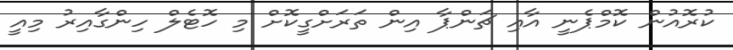
ކުރޮއުން ކޮމްޕެނީ އާއި ޗަންޕާ އިން ތަރަށްގީކޮށް މި ހޮޓެލް ހިންގާއިރު މިއީ